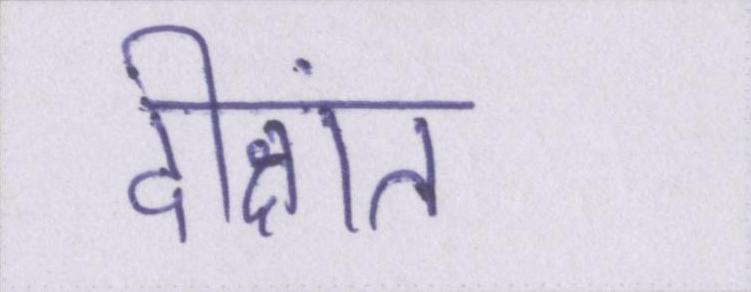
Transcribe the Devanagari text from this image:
दीक्षांत